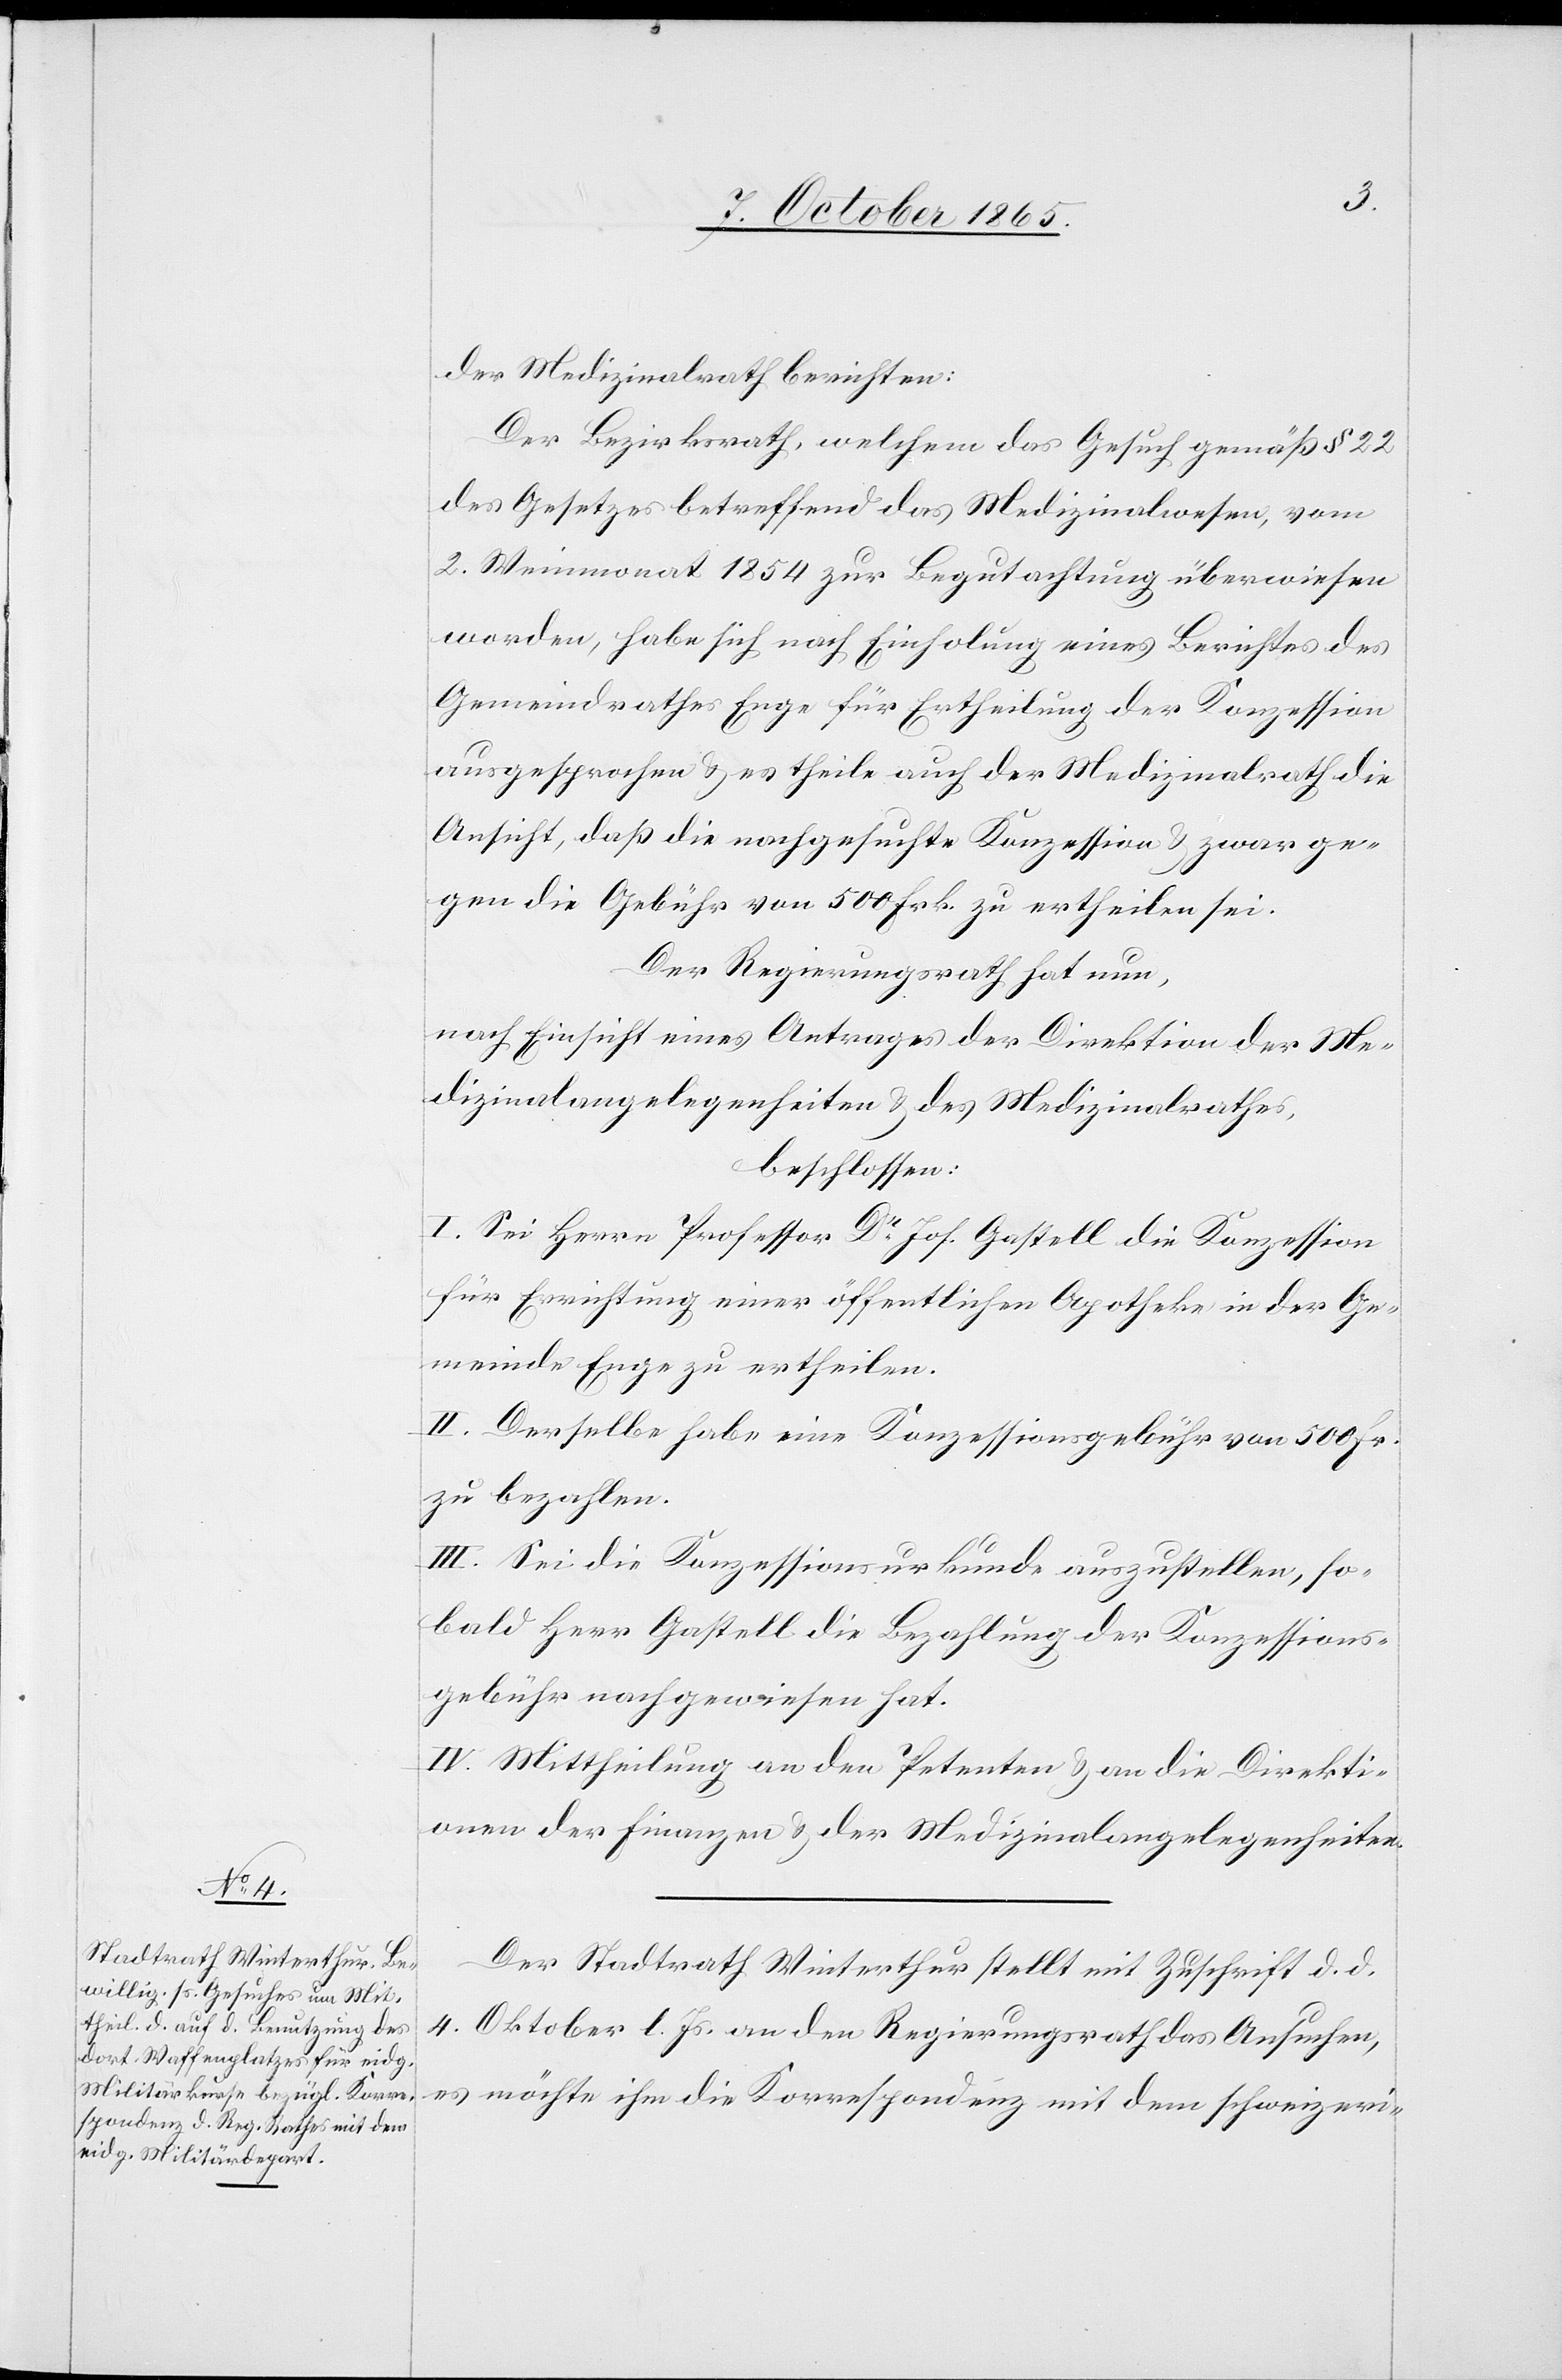
der Medizinalrath berichten:
Der Bezirksrath, welchem das Gesuch gemäß § 22
des Gesetzes betreffend das Medizinalwesen, vom
2. Weinmonat 1854 zur Begutachtung überwiesen
worden, habe sich nach Einholung eines Berichtes des
Gemeindrathes Enge für Ertheilung der Konzession
ausgesprochen & es theile auch der Medizinalrath die
Ansicht, daß die nachgesuchte Konzession & zwar ge¬
gen die Gebühr von 500 Frk. zu ertheilen sei.
Der Regierungsrath hat nun,
nach Einsicht eines Antrages der Direktion der Me¬
dizinalangelegenheiten & des Medizinalrathes,
beschlossen:
I. Sei Herrn Professor Dr Jos. Gastell die Konzession
für Errichtung einer öffentlichen Apotheke in der Ge¬
meinde Enge zu ertheilen.
II. Derselbe habe eine Konzessionsgebühr von 500 Fr.
zu bezahlen.
III. Sei die Konzessionsurkunde auszustellen, so¬
bald Herr Gastell die Bezahlung der Konzessions¬
gebühr nachgewiesen hat.
IV. Mittheilung an den Petenten & an die Direkti¬
onen der Finanzen & der Medizinalangelegenheiten.
Der Stadtrath Winterthur stellt mit Zuschrift d. d.
4. Oktober l. Js. an den Regierungsrath das Ansuchen,
es möchte ihm die Korrespondenz mit dem schweizeri-